Indian journal of veterinary science and animal husbandry - Volumes 26-27, 1956-1957
Year: 1956
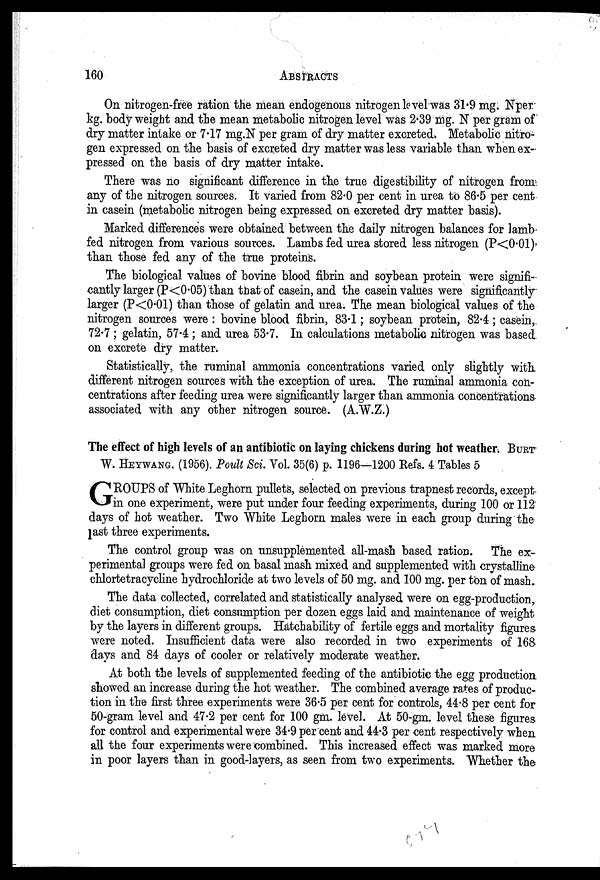
160
ABSTRACTS
On nitrogen-free ration the mean endogenous nitrogen level was 31.9 mg. Nper
kg. body weight and the mean metabolic nitrogen level was 2.39 mg. N per gram of
dry matter intake or 7.17 mg.N per gram of dry matter excreted. Metabolic nitro-
gen expressed on the basis of excreted dry matter was less variable than when ex-
pressed on the basis of dry matter intake.
There was no significant difference in the true digestibility of nitrogen from
any of the nitrogen sources. It varied from 82.0 per cent in urea to 86.5 per cent
in casein (metabolic nitrogen being expressed on excreted dry matter basis).
Marked differences were obtained between the daily nitrogen balances for lamb-
fed nitrogen from various sources. Lambs fed urea stored less nitrogen (P<0.01)
than those fed any of the true proteins.
The biological values of bovine blood fibrin and soybean protein were signifi-
cantly larger (P<0.05) than that of casein, and the casein values were significantly
larger (P<0.01) than those of gelatin and urea. The mean biological values of the
nitrogen sources were: bovine blood fibrin, 83.1; soybean protein, 82.4; casein,
72.7; gelatin, 57.4; and urea 53.7. In calculations metabolic nitrogen was based
on excrete dry matter.
Statistically, the ruminal ammonia concentrations varied only slightly with
different nitrogen sources with the exception of urea. The ruminal ammonia con-
centrations after feeding urea were significantly larger than ammonia concentrations
associated with any other nitrogen source. (A.W.Z.)
The effect of high levels of an antibiotic on laying chickens during hot weather. BURT
W. HEYWANG. (1956). Poult Sci. Vol. 35(6) p. 1196—1200 Refs. 4 Tables 5
G ROUPS of White Leghorn pullets, selected on previous trapnest records, except
in one experiment, were put under four feeding experiments, during 100 or 112
days of hot weather. Two White Leghorn males were in each group during the
last three experiments.
The control group was on unsupplemented all-mash based ration. The ex-
perimental groups were fed on basal mash mixed and supplemented with crystalline
chlortetracycline hydrochloride at two levels of 50 mg. and 100 mg. per ton of mash.
The data collected, correlated and statistically analysed were on egg-production,
diet consumption, diet consumption per dozen eggs laid and maintenance of weight
by the layers in different groups. Hatchability of fertile eggs and mortality figures
were noted. Insufficient data were also recorded in two experiments of 168
days and 84 days of cooler or relatively moderate weather.
At both the levels of supplemented feeding of the antibiotic the egg production
showed an increase during the hot weather. The combined average rates of produc-
tion in the first three experiments were 36.5 per cent for controls, 44.8 per cent for
50-gram level and 47.2 per cent for 100 gm. level. At 50-gm. level these figures
for control and experimental were 34.9 per cent and 44.3 per cent respectively when
all the four experiments were combined. This increased effect was marked more
in poor layers than in good-layers, as seen from two experiments. Whether the